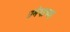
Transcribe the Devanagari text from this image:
प्रमेयाच्या